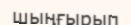
шыңғырып